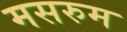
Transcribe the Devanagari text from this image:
मसरुम